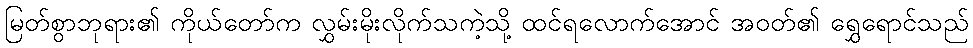
မြတ်စွာဘုရား၏ ကိုယ်တော်က လွှမ်းမိုးလိုက်သကဲ့သို့ ထင်ရလောက်အောင် အဝတ်၏ ရွှေရောင်သည်